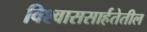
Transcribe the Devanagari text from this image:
विश्वाससार्हतेतील